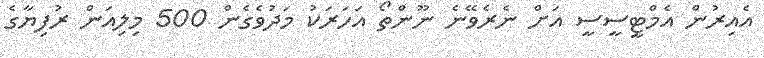
އެއިރުން އެމްޓީސީސީ އަށް ނެރެވޭނެ ނޫންތޯ އަހަރަކު މަދުވެގެން 500 މިލިއަން ރުފިޔާގެ